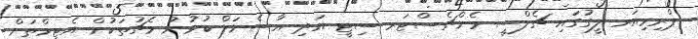
ޕްރިމިއަރ ލީގުގައި ޗެލްސީ މެންޗެސްޓަރ ސިޓީ އަދި އާސެނަލް ކުޅުނު މެޗުތަކުން އެޓީމްތަށް